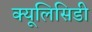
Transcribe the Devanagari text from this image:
क्यूलिसिडी